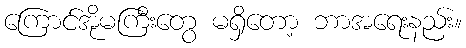
ကြောင်အိုမကြီးတွေ မရှိတော့ ဘာအရေးနည်း။